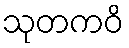
သုတကဝိ